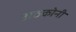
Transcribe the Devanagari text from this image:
अठकोनी